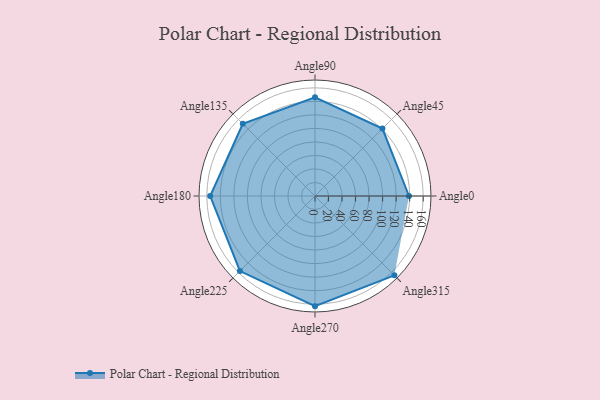
{"axis": {"x": "Angle", "y": "Radius"}, "legend": [""], "data": [{"x": "Angle0", "y": 139.0, "type": ""}, {"x": "Angle45", "y": 141.0, "type": ""}, {"x": "Angle90", "y": 146.0, "type": ""}, {"x": "Angle135", "y": 151.0, "type": ""}, {"x": "Angle180", "y": 155.0, "type": ""}, {"x": "Angle225", "y": 157.0, "type": ""}, {"x": "Angle270", "y": 163.0, "type": ""}, {"x": "Angle315", "y": 166.0, "type": ""}]}